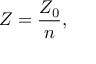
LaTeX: Z = { \frac { Z _ { 0 } } { n } } ,